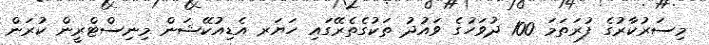
މިސަރުކާރުގެ ފުރަތަމަ 100 ދުވަހުގެ ވައުދު ތަކުގެތެރޭގައި ހަޔަރ އެޑިއުކޭޝަން މިނިސްޓްރީން ކުރަން